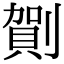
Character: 𠟒